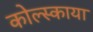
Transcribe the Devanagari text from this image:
कोल्स्काया